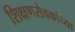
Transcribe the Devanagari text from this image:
शिक्षणसेवकांच्या